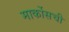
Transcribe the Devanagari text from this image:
मार्कोसची